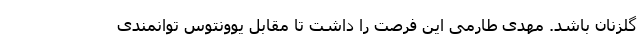
گلزنان باشد. مهدی طارمی این فرصت را داشت تا مقابل یوونتوس توانمندی